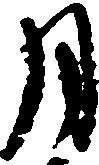
月